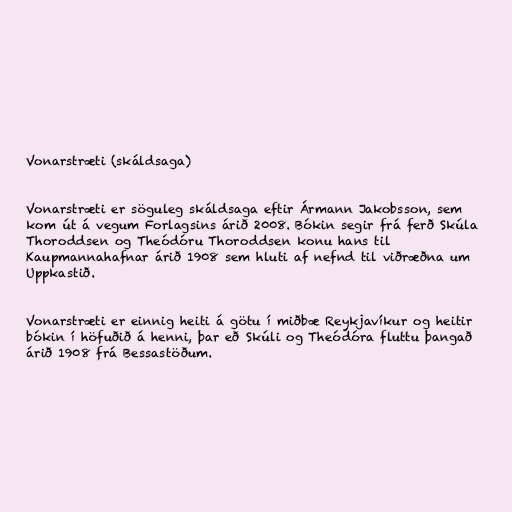
Vonarstræti (skáldsaga)

Vonarstræti er söguleg skáldsaga eftir Ármann Jakobsson, sem
kom út á vegum Forlagsins árið 2008. Bókin segir frá ferð Skúla
Thoroddsen og Theódóru Thoroddsen konu hans til
Kaupmannahafnar árið 1908 sem hluti af nefnd til viðræðna um
Uppkastið.

Vonarstræti er einnig heiti á götu í miðbæ Reykjavíkur og heitir
bókin í höfuðið á henni, þar eð Skúli og Theódóra fluttu þangað
árið 1908 frá Bessastöðum.